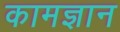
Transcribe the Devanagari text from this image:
कामज्ञान